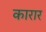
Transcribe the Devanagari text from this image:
कारार